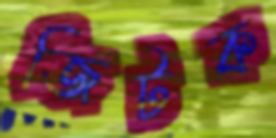
জিটক